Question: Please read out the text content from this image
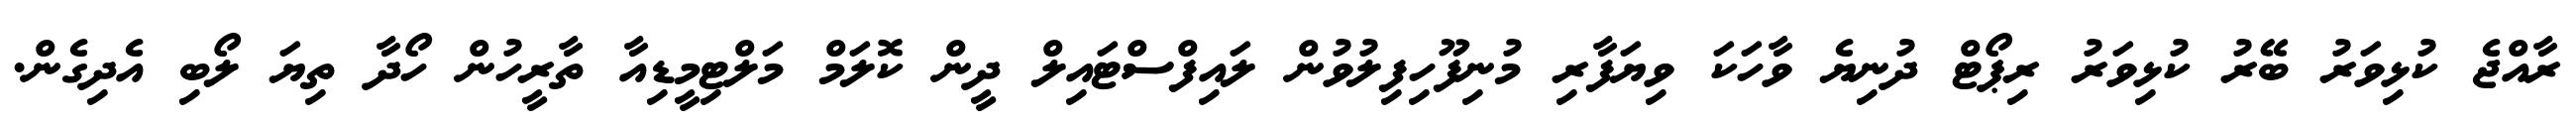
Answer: ރާއްޖެ ކުޅިވަރު ބޭރު ކުޅިވަރު ރިޕޯޓް ދުނިޔެ ވާހަކަ ވިޔަފާރި މުނިފޫހިފިލުވުން ލައިފްސްޓައިލް ދީން ކޮލަމް މަލްޓިމީޑިއާ ތާރީހުން ހޯދާ ތިޔަ ލޯބި އެދިގެން.